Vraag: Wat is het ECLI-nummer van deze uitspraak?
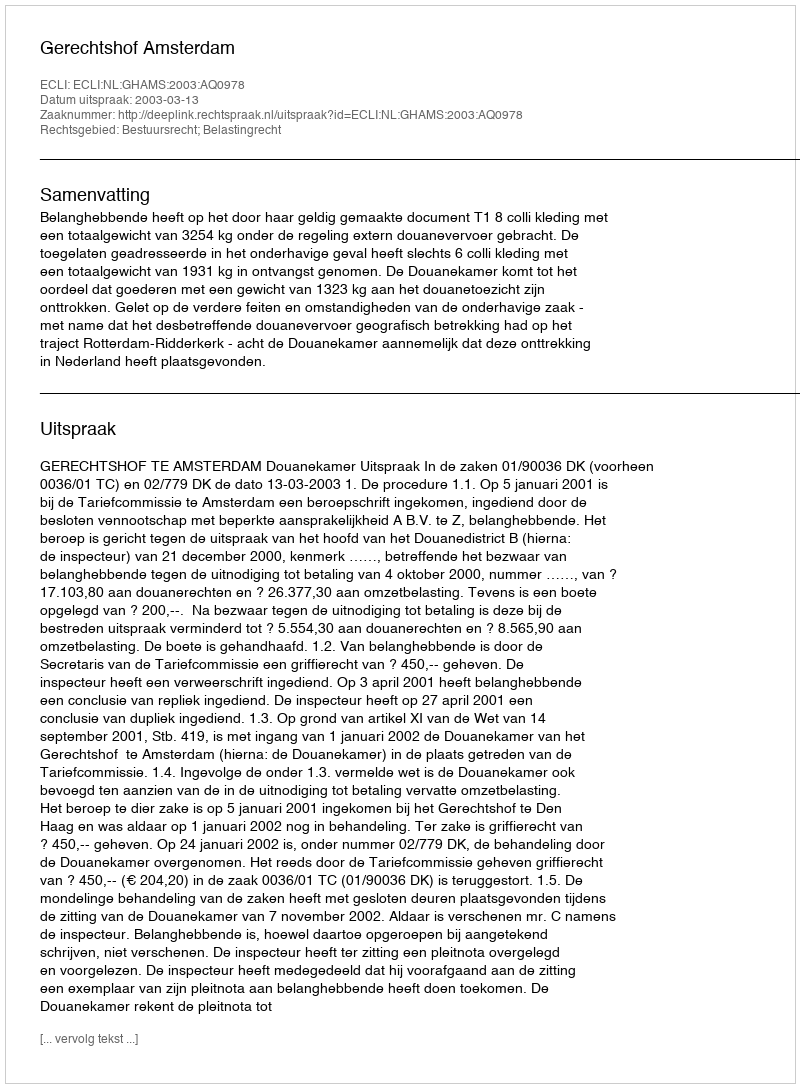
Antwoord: ECLI:NL:GHAMS:2003:AQ0978